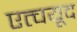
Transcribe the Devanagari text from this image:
एत्चयूद